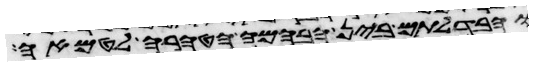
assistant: והבדלתם בין הבהמה הטהרה לטמאה